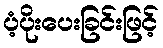
ပံ့ပိုးပေးခြင်းဖြင့်